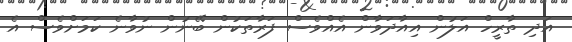
އަދި ތާރީހް އަލުން އިއާދަވާން އެއްވެސް ފަރާތަކުން ބޭނުން ނުވާނެ ކަމަށްވެސް އެ